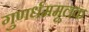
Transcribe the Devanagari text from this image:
गुणर्धममूलक